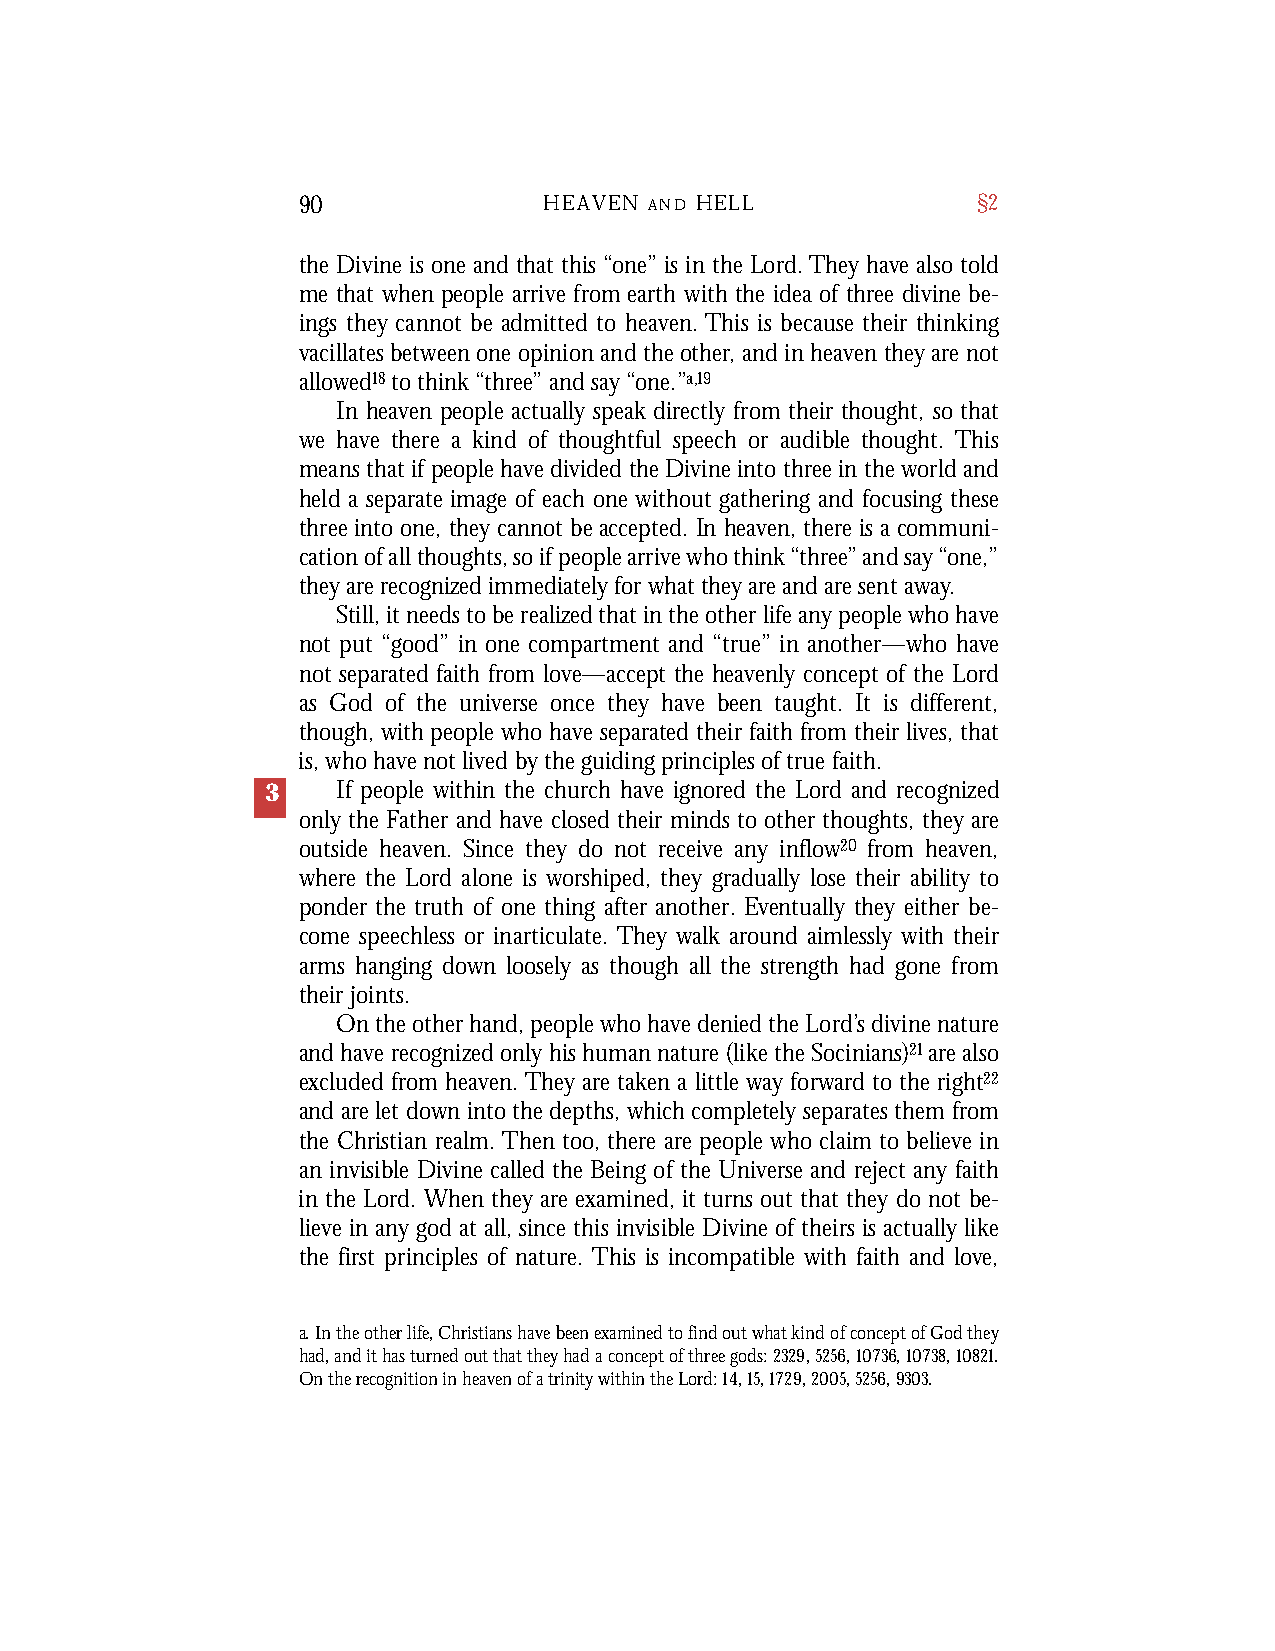
90              HEAVEN A N D H E L L         §2
 the Divine is one and that this “one” is in the Lord. They have also told
 me that when people arrive from earth with the idea of three divine be-
 ings they cannot be admitted to heaven. This is because their thinking
 vacillates betweenone opinionand theother, andinheaven theyare not
 allowed18tothink“three”andsay “one.”a,19
 In heaven people actually speak directly from their thought, so that
 we have there a kind of thoughtful speech or audible thought. This
 meansthatifpeoplehavedivided theDivineinto threein theworldand
 held a separate image of each one without gathering and focusing these
 threeinto one, they cannot be accepted. In heaven, there is a communi-
 cationofallthoughts,soifpeoplearrivewhothink“three”andsay“one,”
 theyarerecognizedimmediatelyforwhattheyareandaresentaway.
 Still, it needs to be realized that in the other life any people who have
 not put “good” in one compartment and “true” in another—who have
 not separated faith from love—accept the heavenly concept of the Lord
 as God of the universe once they have been taught. It is different,
 though, with people who have separated their faith from their lives, that
 is, who have not lived by the guiding principles of true faith.
 3   If people within the church have ignored the Lord and recognized
 only the Father and have closed their minds to other thoughts, they are
 outside heaven. Since they do not receive any inflow20 from heaven,
 where the Lord alone is worshiped, they gradually lose their ability to
 ponder the truth of one thing after another. Eventually they either be-
 come speechless or inarticulate. They walk around aimlessly with their
 arms hanging down loosely as though all the strength had gone from
 their joints.
 On the other hand, people who have denied the Lord’s divine nature
 and have recognized only his human nature (like the Socinians)21are also
 excluded from heaven. They are taken a little way forward to the right22
 and are let down into the depths, which completely separates them from
 the Christian realm. Then too, there are people who claim to believe in
 an invisible Divine called the Being of the Universe and reject any faith
 in the Lord. When they are examined, it turns out that they do not be-
 lieve in any god at all, since this invisible Divine of theirs is actually like
 the first principles of nature. This is incompatible with faith and love,
 a. In the other life, Christians have been examined to find out what kind of concept of God they
 had, and it has turned out that they had a concept of three gods: 2329,5256,10736,10738,10821.
 On the recognition in heaven of a trinity within the Lord: 14, 15, 1729, 2005, 5256, 9303.